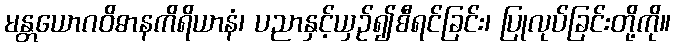
မန္တယောဂဝိဓာနကိရိယာနံ၊ ပညာနှင့်ယှဉ်၍စီရင်ခြင်း၊ ပြုလုပ်ခြင်းတို့ကို။